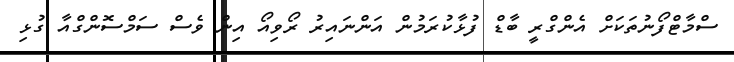
ސްމާޓްފޯނުތަކަށް އެންގްރީ ބާޑް ފުޅާކުރަމުން އަންނައިރު ރޯވިއޯ އިން ވެސް ސަމްސޮންގްއާ ގުޅި